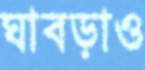
ঘাবড়াও